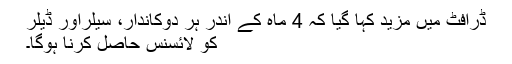
ڈرافٹ میں مزید کہا گیا کہ 4 ماہ کے اندر ہر دوکاندار، سیلراور ڈیلر
کو لائسنس حاصل کرنا ہوگا۔